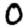
Digit: 0